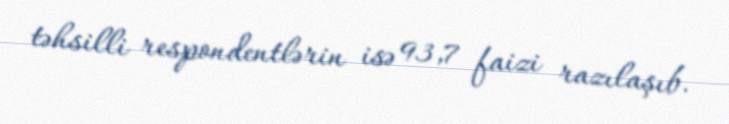
təhsilli respondentlərin isə 93,7 faizi razılaşıb.